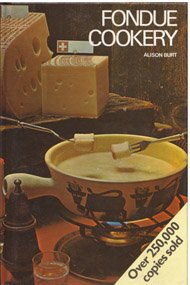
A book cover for Fondue Cook Book; Alison Burt; Cookbooks, Food & Wine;